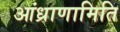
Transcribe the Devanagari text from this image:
आंध्राणामिति